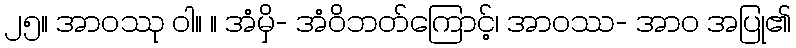
၂၅။ အာဝဿု ဝါ။ ။ အံမှိ- အံဝိဘတ်ကြောင့်၊ အာဝဿ- အာဝ အပြု၏